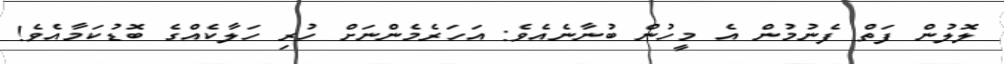
ލޮލުން ފަތް ފެނުމުން އެ މީހުން ބުނާނެއެވެ: އަހަރެމެންނަށް ހުރި ހަލާކެއްގެ ބޮޑުކަމާއެވެ!